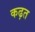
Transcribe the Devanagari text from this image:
कढ़त